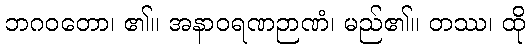
ဘဂဝတော၊ ၏။ အနာဝရဏဉာဏံ၊ မည်၏။ တဿ၊ ထို